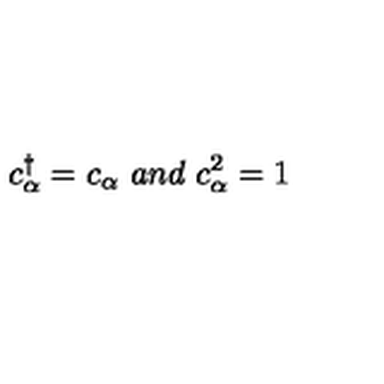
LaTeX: c _ { \alpha } ^ { \dagger } = c _ { \alpha } \ a n d \ c _ { \alpha } ^ { 2 } = 1